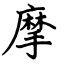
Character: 摩